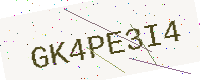
Text: GK4PE3I4